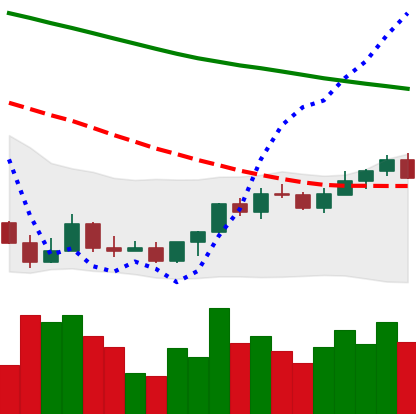
Ticker: LINK-USD
Chart end date: 2022-03-25
Forward return: 10.426%
Label: up_7plus